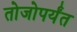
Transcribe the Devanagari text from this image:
तोजोपर्यंत